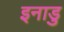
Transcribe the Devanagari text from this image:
इनाडु